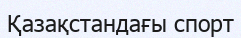
Қазақстандағы спорт